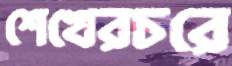
শেখেরচরে